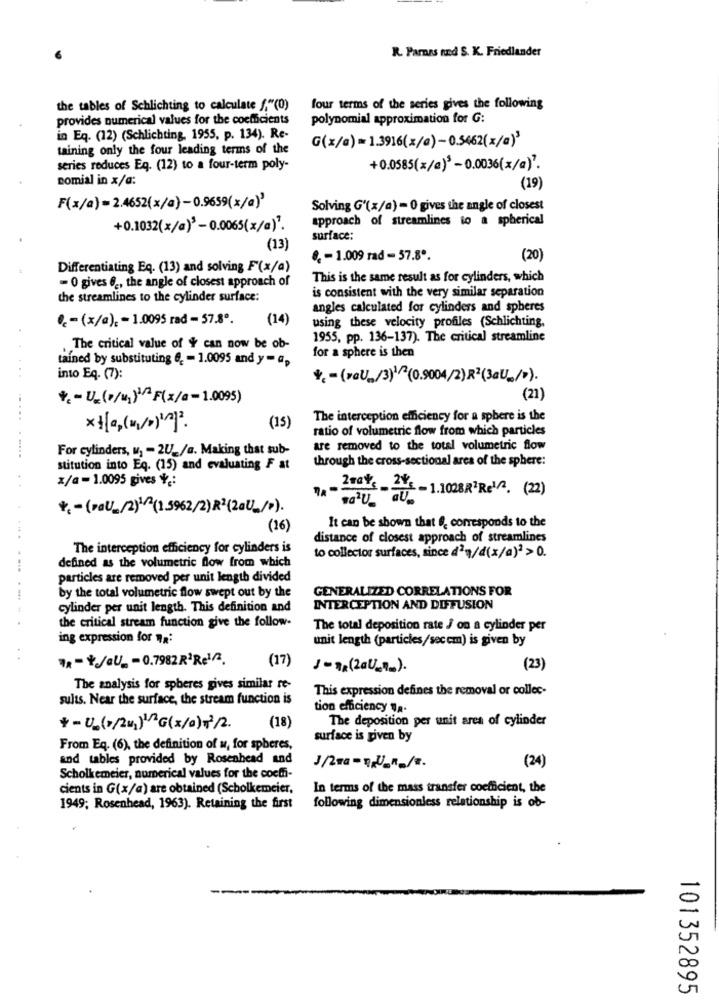
R. Parnas and S. K. Friedlander
the tables of Schlichting to calculate f."(0)
four terms of the series gives the following
provides numerical values for the coefficients
polynomial approximation for G:
in Eq. (12) (Schlichting, 1955, p. 134). Re-
G(x/a) = 1.3916(z/a)- 0.5462(x/a)
taining only the four leading terms of the
series reduces Eq. (12) to a four-term poly-
+0.0585(x/a)* - 0.0036(x/a)".
nomial in x/a:
(19)
F(x/a) = 2.4652(x/a)-0.9659(x/a)
Solving G'(x/a) = 0 gives the angle of closest
approach of streamlines to a spherical
+0.1032(x/a)3 -0.0065(x/a).
surface:
(13)
8. - 1.009 rad - 57.8º.
(20)
Differentiating Eq. (13) and solving F(x/a)
- O gives 62, the angle of closest approach of
This is the same result as for cylinders, which
is consistent with the very similar separation
the streamlines to the cylinder surface:
angles calculated for cylinders and spheres
.- (x/a). = 1.0095 rad - 57.8º.
(14)
using these velocity profiles (Schlichting,
1955, pp. 136-137). The critical streamline
The critical value of $ can now be ob-
tained by substituting 6, - 1.0095 and y - a,
for a sphere is then
into Eq. (7):
**- (»OU„/3)1 ^(0.9004/2)R2(3aU_/>).
*= == U_(p/u1)1^F(x/a-1.0095)
(21)
.....
The interception efficiency for a sphere is the
(15)
ratio of volumetric flow from which particles
For cylinders, u, - 2U_/a. Making that sub-
are removed to the total volumetric flow
through the cross-sectional area of the sphere:
stitution into Eq. (15) and evaluating F at
x/a-1.0095 gives *.:
Zmat's 24 - 1.1008R2Ret2. (22)
*= = (POU_/2)^^(1.5962/2) R2(2aU_/p).
(16)
It can be shown that f, corresponds to the
distance of closest approach of streamlines
The interception efficiency for cylinders is
to collector surfaces, since d'n/d(x/a)2 > 0.
defined as the volumetric flow from which
particles are removed per unit length divided
by the total volumetric flow swept out by the
GENERALIZED CORRELATIONS FOR
.-..
cylinder per unit length. This definition and
INTERCEPTION AND DIFFUSION
the critical stream function give the follow-
The total deposition rate J on a cylinder per
ing expression for qa:
unit length (particles/sec cm) is given by
..
Rx-¥/OU - 0.7982 R2Re1/2.
(17)
1-78 (2014).
(23)
The analysis for spheres gives similar re-
This expression defines the removal or collec-
sults. Near the surface, the stream function is
tion efficiency "a.
(18)
The deposition per unit area of cylinder
+-Un(v/241)12G(x/0) 7/2.
surface is given by
From Eq. (6), the definition of u, for spheres,
and tables provided by Rosenhead and
(24)
Scholkemeier, numerical values for the cochhi-
cients in G(x/a) are obtained (Scholkemeier,
In terms of the mass transfer coefficient, the
1949; Rosenhead, 1963). Retaining the first
following dimensionless relationship is ob-
101352895